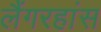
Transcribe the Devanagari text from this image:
लैंगरहांस